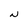
Character: N